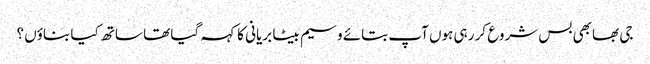
جی بھابھی بس شروع کر رہی ہوں آپ بتائے وسیم بیٹا بریانی کا کہہ گیا تھا ساتھ کیا بناؤں ؟